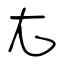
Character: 尢